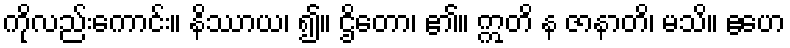
ကိုလည်းကောင်း။ နိဿာယ၊ ၍။ ဌိတော၊ ၏။ ဣတိ န ဇာနာတိ၊ မသိ။ ဧဟေ